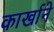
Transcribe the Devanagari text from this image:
कार्खाने